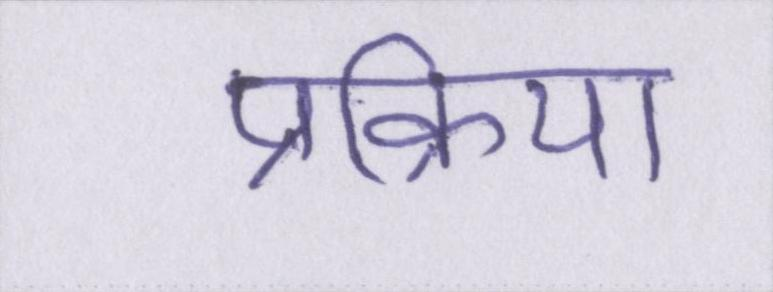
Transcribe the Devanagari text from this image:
प्रक्रिया